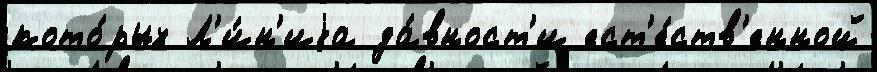
кото́рых Л'и́н'иjа да́вност'и ест'е́ств'енной